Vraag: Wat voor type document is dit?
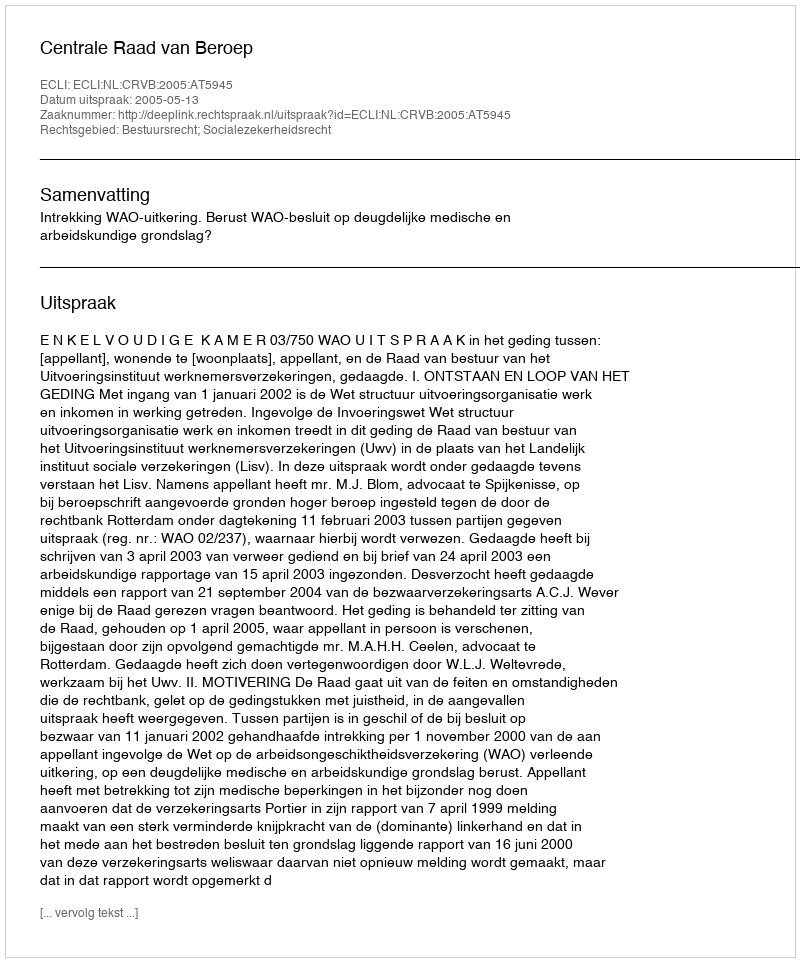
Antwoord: Uitspraak